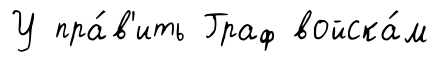
У пра́в'ить Граф войска́м